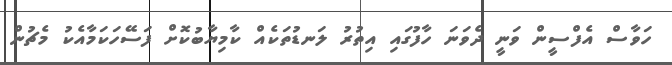
ހަވާސް އެފްސީން ވަނީ ދެވަނަ ހާފުގައި އިތުރު ލަނޑުތަކެއް ކާމިޔާބުކޮށް ފަސޭހަކަމާއެކު މެޗުން